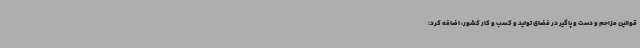
قوانین مزاحم و دست و پاگیر در فضای تولید و کسب و کار کشور، اضافه کرد: